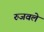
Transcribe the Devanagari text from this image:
रुजवले